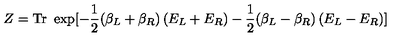
Z = \mathrm { T r } \ \exp [ - \frac 1 2 ( \beta _ { L } + \beta _ { R } ) \left( E _ { L } + E _ { R } \right) - \frac 1 2 ( \beta _ { L } - \beta _ { R } ) \left( E _ { L } - E _ { R } \right) ]